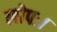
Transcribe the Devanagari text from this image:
लोपः।